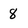
Character: 8